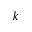
k